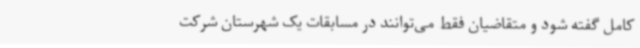
کامل گفته شود و متقاضیان فقط می‌توانند در مسابقات یک شهرستان شرکت